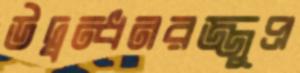
উদ্বন্ধনরজ্জুপ্র